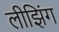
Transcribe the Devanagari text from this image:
लीझिंग